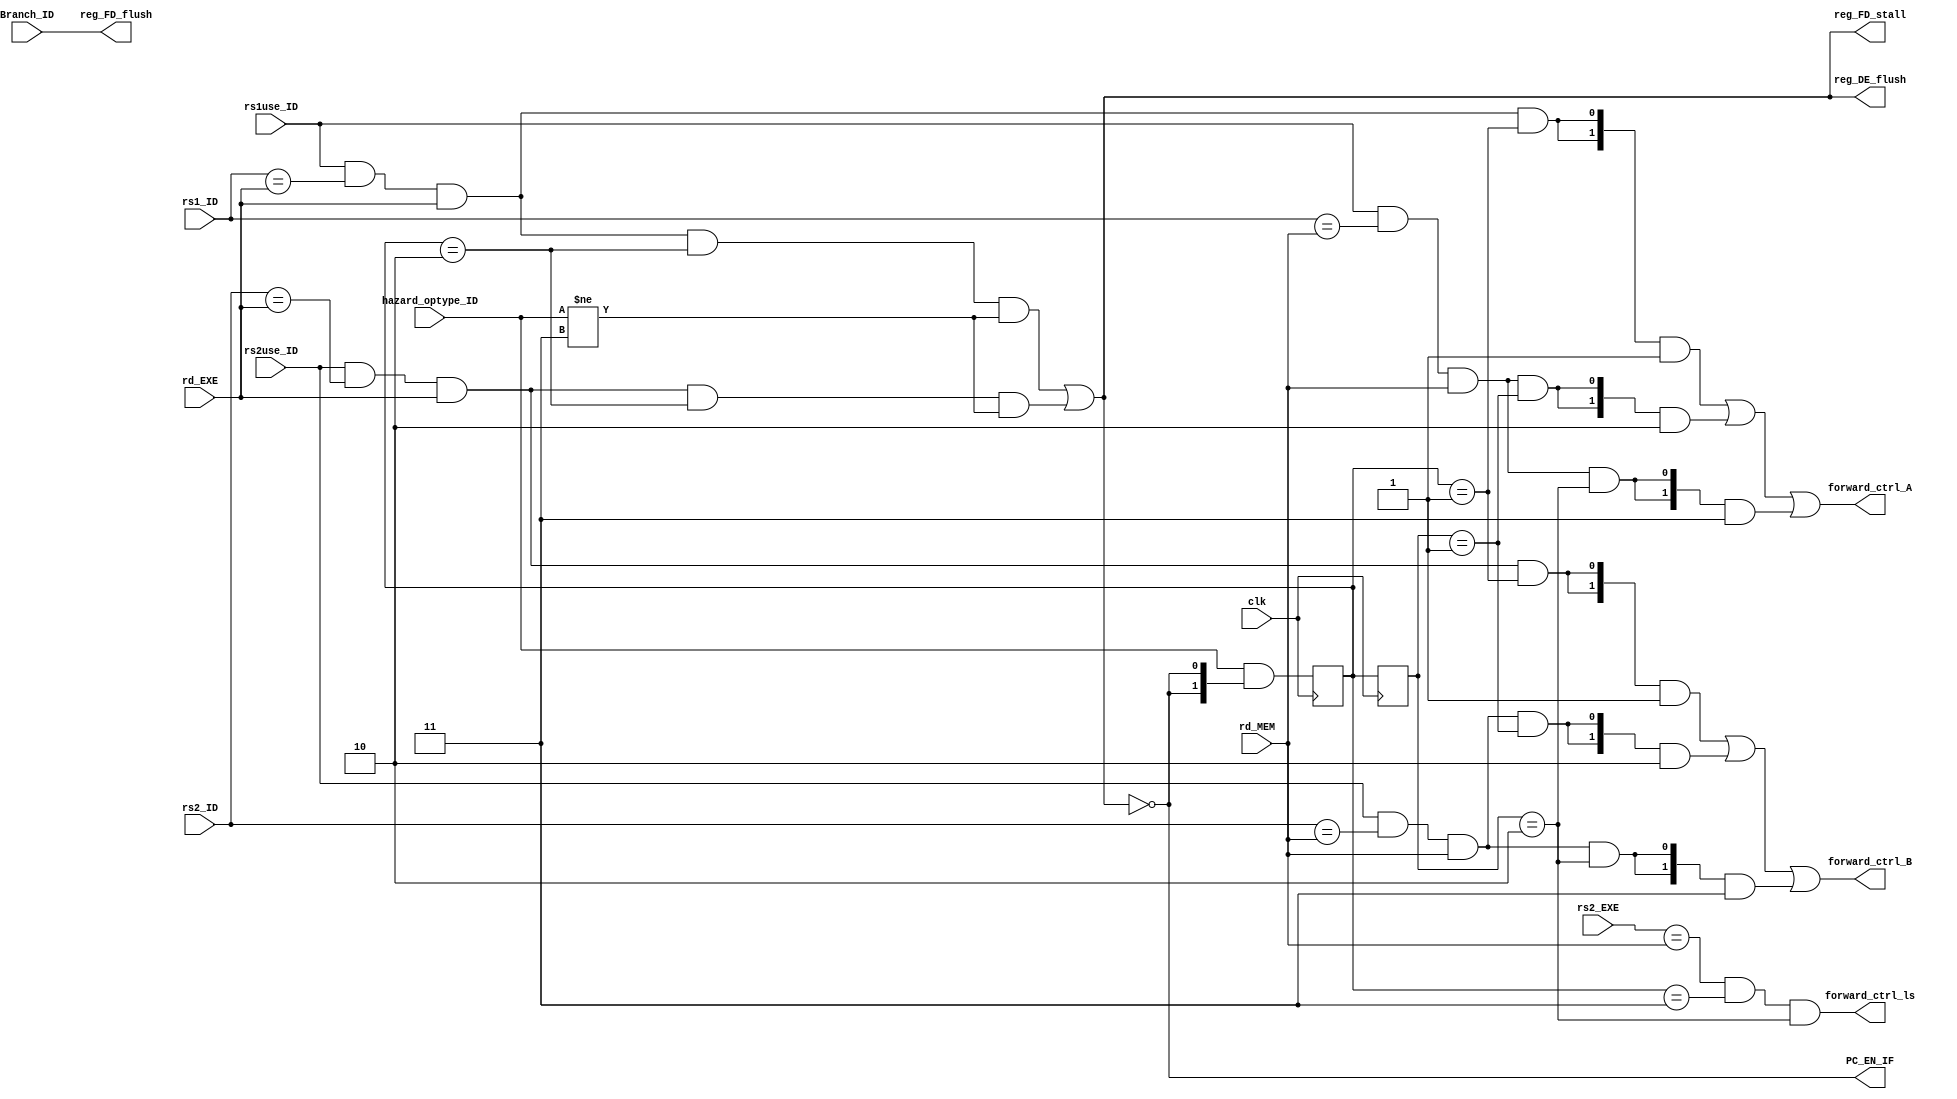
`timescale 1ps/1ps

module HazardDetectionUnit(
    input clk,
    input Branch_ID, rs1use_ID, rs2use_ID,
    input[1:0] hazard_optype_ID,
    input[4:0] rd_EXE, rd_MEM, rs1_ID, rs2_ID, rs2_EXE,
    output PC_EN_IF, reg_FD_stall, reg_FD_flush, reg_DE_flush,
    output forward_ctrl_ls,
    output[1:0] forward_ctrl_A, forward_ctrl_B
);

    reg[1:0] hazard_optype_EXE, hazard_optype_MEM;
    always@(posedge clk) begin
        hazard_optype_MEM <= hazard_optype_EXE;
        hazard_optype_EXE <= hazard_optype_ID & {2{~reg_DE_flush}};
    end

    localparam hazard_optype_ALU = 2'd1;
    localparam hazard_optype_LOAD = 2'd2;
    localparam hazard_optype_STORE = 2'd3;

    wire rs1_forward_1     = rs1use_ID && rs1_ID == rd_EXE && rd_EXE && hazard_optype_EXE == hazard_optype_ALU;
    wire rs1_forward_stall = rs1use_ID && rs1_ID == rd_EXE && rd_EXE && hazard_optype_EXE == hazard_optype_LOAD
                             && hazard_optype_ID != hazard_optype_STORE;
    wire rs1_forward_2     = rs1use_ID && rs1_ID == rd_MEM && rd_MEM && hazard_optype_MEM == hazard_optype_ALU;
    wire rs1_forward_3     = rs1use_ID && rs1_ID == rd_MEM && rd_MEM && hazard_optype_MEM == hazard_optype_LOAD;

    wire rs2_forward_1     = rs2use_ID && rs2_ID == rd_EXE && rd_EXE && hazard_optype_EXE == hazard_optype_ALU;
    wire rs2_forward_stall = rs2use_ID && rs2_ID == rd_EXE && rd_EXE && hazard_optype_EXE == hazard_optype_LOAD
                             && hazard_optype_ID != hazard_optype_STORE;
    wire rs2_forward_2     = rs2use_ID && rs2_ID == rd_MEM && rd_MEM && hazard_optype_MEM == hazard_optype_ALU;
    wire rs2_forward_3     = rs2use_ID && rs2_ID == rd_MEM && rd_MEM && hazard_optype_MEM == hazard_optype_LOAD;

    wire load_stall = rs1_forward_stall | rs2_forward_stall;

    assign PC_EN_IF = ~load_stall;
    assign reg_FD_stall = load_stall;
    assign reg_FD_flush = Branch_ID;
    assign reg_DE_flush = load_stall;

    assign forward_ctrl_A = {2{rs1_forward_1}} & 2'd1 |
                            {2{rs1_forward_2}} & 2'd2 |
                            {2{rs1_forward_3}} & 2'd3 ;

    assign forward_ctrl_B = {2{rs2_forward_1}} & 2'd1 |
                            {2{rs2_forward_2}} & 2'd2 |
                            {2{rs2_forward_3}} & 2'd3 ;

    assign forward_ctrl_ls = rs2_EXE == rd_MEM && hazard_optype_EXE == hazard_optype_STORE
                            && hazard_optype_MEM == hazard_optype_LOAD;

endmodule